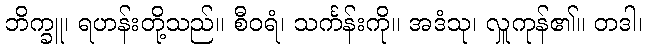
ဘိက္ခူ၊ ရဟန်းတို့သည်။ စီဝရံ၊ သင်္ကန်းကို။ အဒံသု၊ လှူကုန်၏။ တဒါ၊